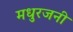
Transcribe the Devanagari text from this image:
मधुरजनी